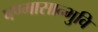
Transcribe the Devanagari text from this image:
षण्मासान्भुवि